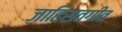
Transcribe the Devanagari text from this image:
जाहिरातगीत